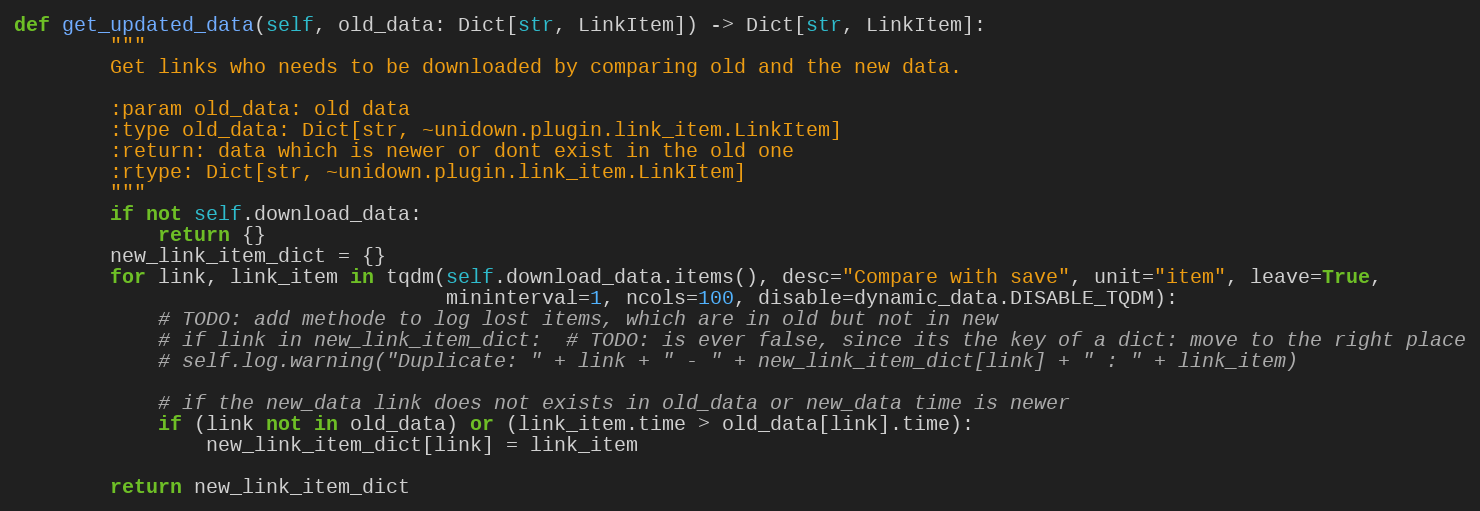
Language: Python
def get_updated_data(self, old_data: Dict[str, LinkItem]) -> Dict[str, LinkItem]:
        """
        Get links who needs to be downloaded by comparing old and the new data.

        :param old_data: old data
        :type old_data: Dict[str, ~unidown.plugin.link_item.LinkItem]
        :return: data which is newer or dont exist in the old one
        :rtype: Dict[str, ~unidown.plugin.link_item.LinkItem]
        """
        if not self.download_data:
            return {}
        new_link_item_dict = {}
        for link, link_item in tqdm(self.download_data.items(), desc="Compare with save", unit="item", leave=True,
                                    mininterval=1, ncols=100, disable=dynamic_data.DISABLE_TQDM):
            # TODO: add methode to log lost items, which are in old but not in new
            # if link in new_link_item_dict:  # TODO: is ever false, since its the key of a dict: move to the right place
            # self.log.warning("Duplicate: " + link + " - " + new_link_item_dict[link] + " : " + link_item)

            # if the new_data link does not exists in old_data or new_data time is newer
            if (link not in old_data) or (link_item.time > old_data[link].time):
                new_link_item_dict[link] = link_item

        return new_link_item_dict